Calcutta medical institutions reports 1871-78
Year: 1871
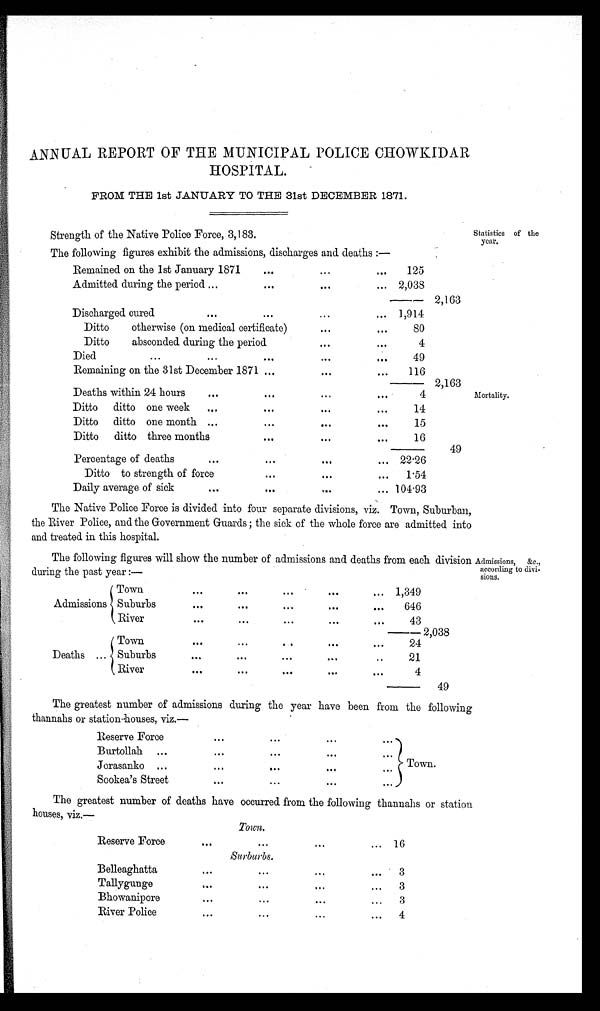
ANNUAL REPORT OF THE MUNICIPAL POLICE CHOWKIDAR
HOSPITAL.
FROM THE 1st JANUARY TO THE 31st DECEMBER 1871.
Statistics of the
year.
Strength of the Native Police Force, 3,183.
The following figures exhibit the admissions, discharges and deaths :—
...
Remained on the 1st January 1871
... ...
125
Admitted during the period ...
...
...
... 2,038
-- 2,163
• ..
Discharged cured
...
... ...
... 1,914
Ditto
otherwise (on medical certificate)
... ...
•
80
Ditto
absconded during the period
•••
•••
4
Died
•••
•••
•••
•••
•••
0 •
49
Remaining on the 31st December 1871 •••
••• •••
•
116
— 2,163
Deaths within 24 hours
••• ••• ••• •••
•
4
Ditto
ditto one week
••• ••• ••• ••
• I
14
Ditto
ditto one month
••• • • •
•••
•••
15
Ditto
ditto three months ••• •••
••• •••
16
—
49
Percentage of deaths
•••
•••
•••
... 22.26
Ditto to strength of force
•••
•••
•••
1.54
Daily average of sick
••• ••• ••• •••
104.93
The Native Police Force is divided into four separate divisions, viz. Town, Suburban,
the River Police, and the Government Guards ; the sick of the whole force are admitted into
and treated in this hospital.
Mortality.
The following figures will show the number of admissions and deaths from each division
during the past year :—
Town
•••
••• •••
.
••• •••
1,349
Admissions Suburbs
•••
•••
•••
•
•••
•••
646
River
•••
•••
••• ••• •••
43
2,038
Town
••• ••• ••• ••• ••
•
----
24
Deaths ... Suburbs
•••
•••
•••
•••
•••
21
River
•••
•••
•••
•••
•••
4
49
Admissions, &c.,
according to divi-
sions.
The greatest number of admissions during the year have been from the following
thannahs or station houses, viz.—
Reserve Force
...
... ... ...
Burtollah
•••
...
... ... ...
Jorasanko ..
...
...
... ...
Town.
Sookea's Street
... ... ...
The greatest number of deaths have occurred from the following thannahs or station
houses, viz.—
Town.
Reserve Force
••• •••
•••
•••
16
Surburbs.
Belleaghatta
•••
••• •••
•••
3
Tallygunge
•••
••• ••• •••
3
Bhowanipore
••• ••• ••• •••
3
River Police
••• ••• ••• •••
4